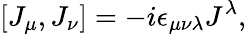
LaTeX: [J_{\mu},J_{\nu}]=-i\epsilon_{\mu\nu\lambda}J^{\lambda},